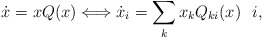
\begin{align*}\dot x= xQ(x) \Longleftrightarrow \dot x_i=\sum_k x_k Q_{ki}(x) \,\, \,\, i,\end{align*}